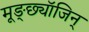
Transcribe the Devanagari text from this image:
मूङ्छ्यॉजिन्